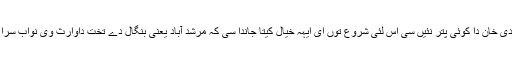
چونکہ نواب علی وردی خان دا کوئی پتر نئیں سی اس لئی شروع توں ای ایہہ خیال کیتا جاندا سی کہ مرشد آباد یعنی بنگال دے تخت داوارث وی نواب سراج الدین ای ہوءے گا ۔